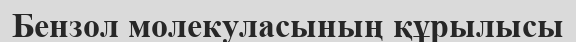
Бензол молекуласының құрылысы